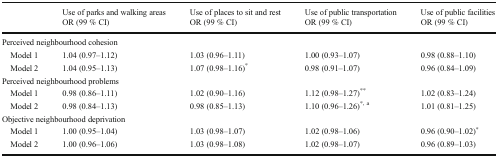
<table><thead><tr><td rowspan="2"></td><td><b>Use of parks and walking areas</b></td><td><b>Use of places to sit and rest</b></td><td><b>Use of public transportation</b></td><td><b>Use of public facilities</b></td></tr><tr><td><b>OR (99 % CI)</b></td><td><b>OR (99 % CI)</b></td><td><b>OR (99 % CI)</b></td><td><b>OR (99 % CI)</b></td></tr></thead><tbody><tr><td colspan="5">Perceived neighbourhood cohesion</td></tr><tr><td> Model 1</td><td>1.04 (0.97–1.12)</td><td>1.03 (0.96–1.11)</td><td>1.00 (0.93–1.07)</td><td>0.98 (0.88–1.10)</td></tr><tr><td> Model 2</td><td>1.04 (0.95–1.13)</td><td>1.07 (0.98–1.16)<sup>*</sup></td><td>0.98 (0.91–1.07)</td><td>0.96 (0.84–1.09)</td></tr><tr><td colspan="5">Perceived neighbourhood problems</td></tr><tr><td> Model 1</td><td>0.98 (0.86–1.11)</td><td>1.02 (0.90–1.16)</td><td>1.12 (0.98–1.27)<sup>**</sup></td><td>1.02 (0.83–1.24)</td></tr><tr><td> Model 2</td><td>0.98 (0.84–1.13)</td><td>0.98 (0.85–1.13)</td><td>1.10 (0.96–1.26)<sup>*, a</sup></td><td>1.01 (0.81–1.25)</td></tr><tr><td colspan="5">Objective neighbourhood deprivation</td></tr><tr><td> Model 1</td><td>1.00 (0.95–1.04)</td><td>1.03 (0.98–1.07)</td><td>1.02 (0.98–1.06)</td><td>0.96 (0.90–1.02)<sup>*</sup></td></tr><tr><td> Model 2</td><td>1.00 (0.96–1.06)</td><td>1.03 (0.98–1.08)</td><td>1.02 (0.98–1.07)</td><td>0.96 (0.89–1.03)</td></tr></tbody></table>